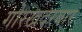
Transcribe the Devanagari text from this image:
गोरखदरबार